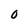
Character: O